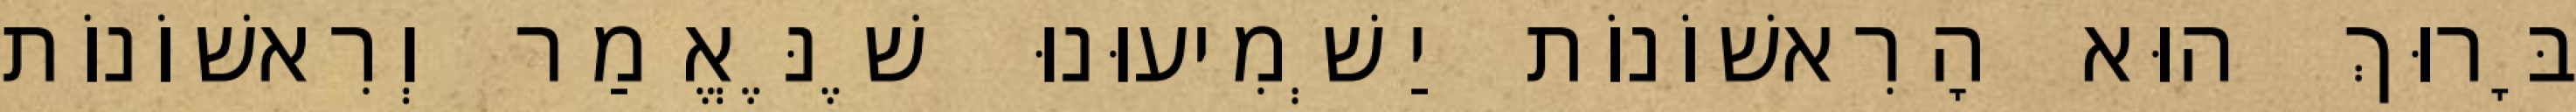
בָּרוּךְ הוּא הָרִאשׁוֹנוֹת יַשְׁמִיעוּנוּ שֶׁנֶּאֱמַר וְרִאשׁוֹנוֹת